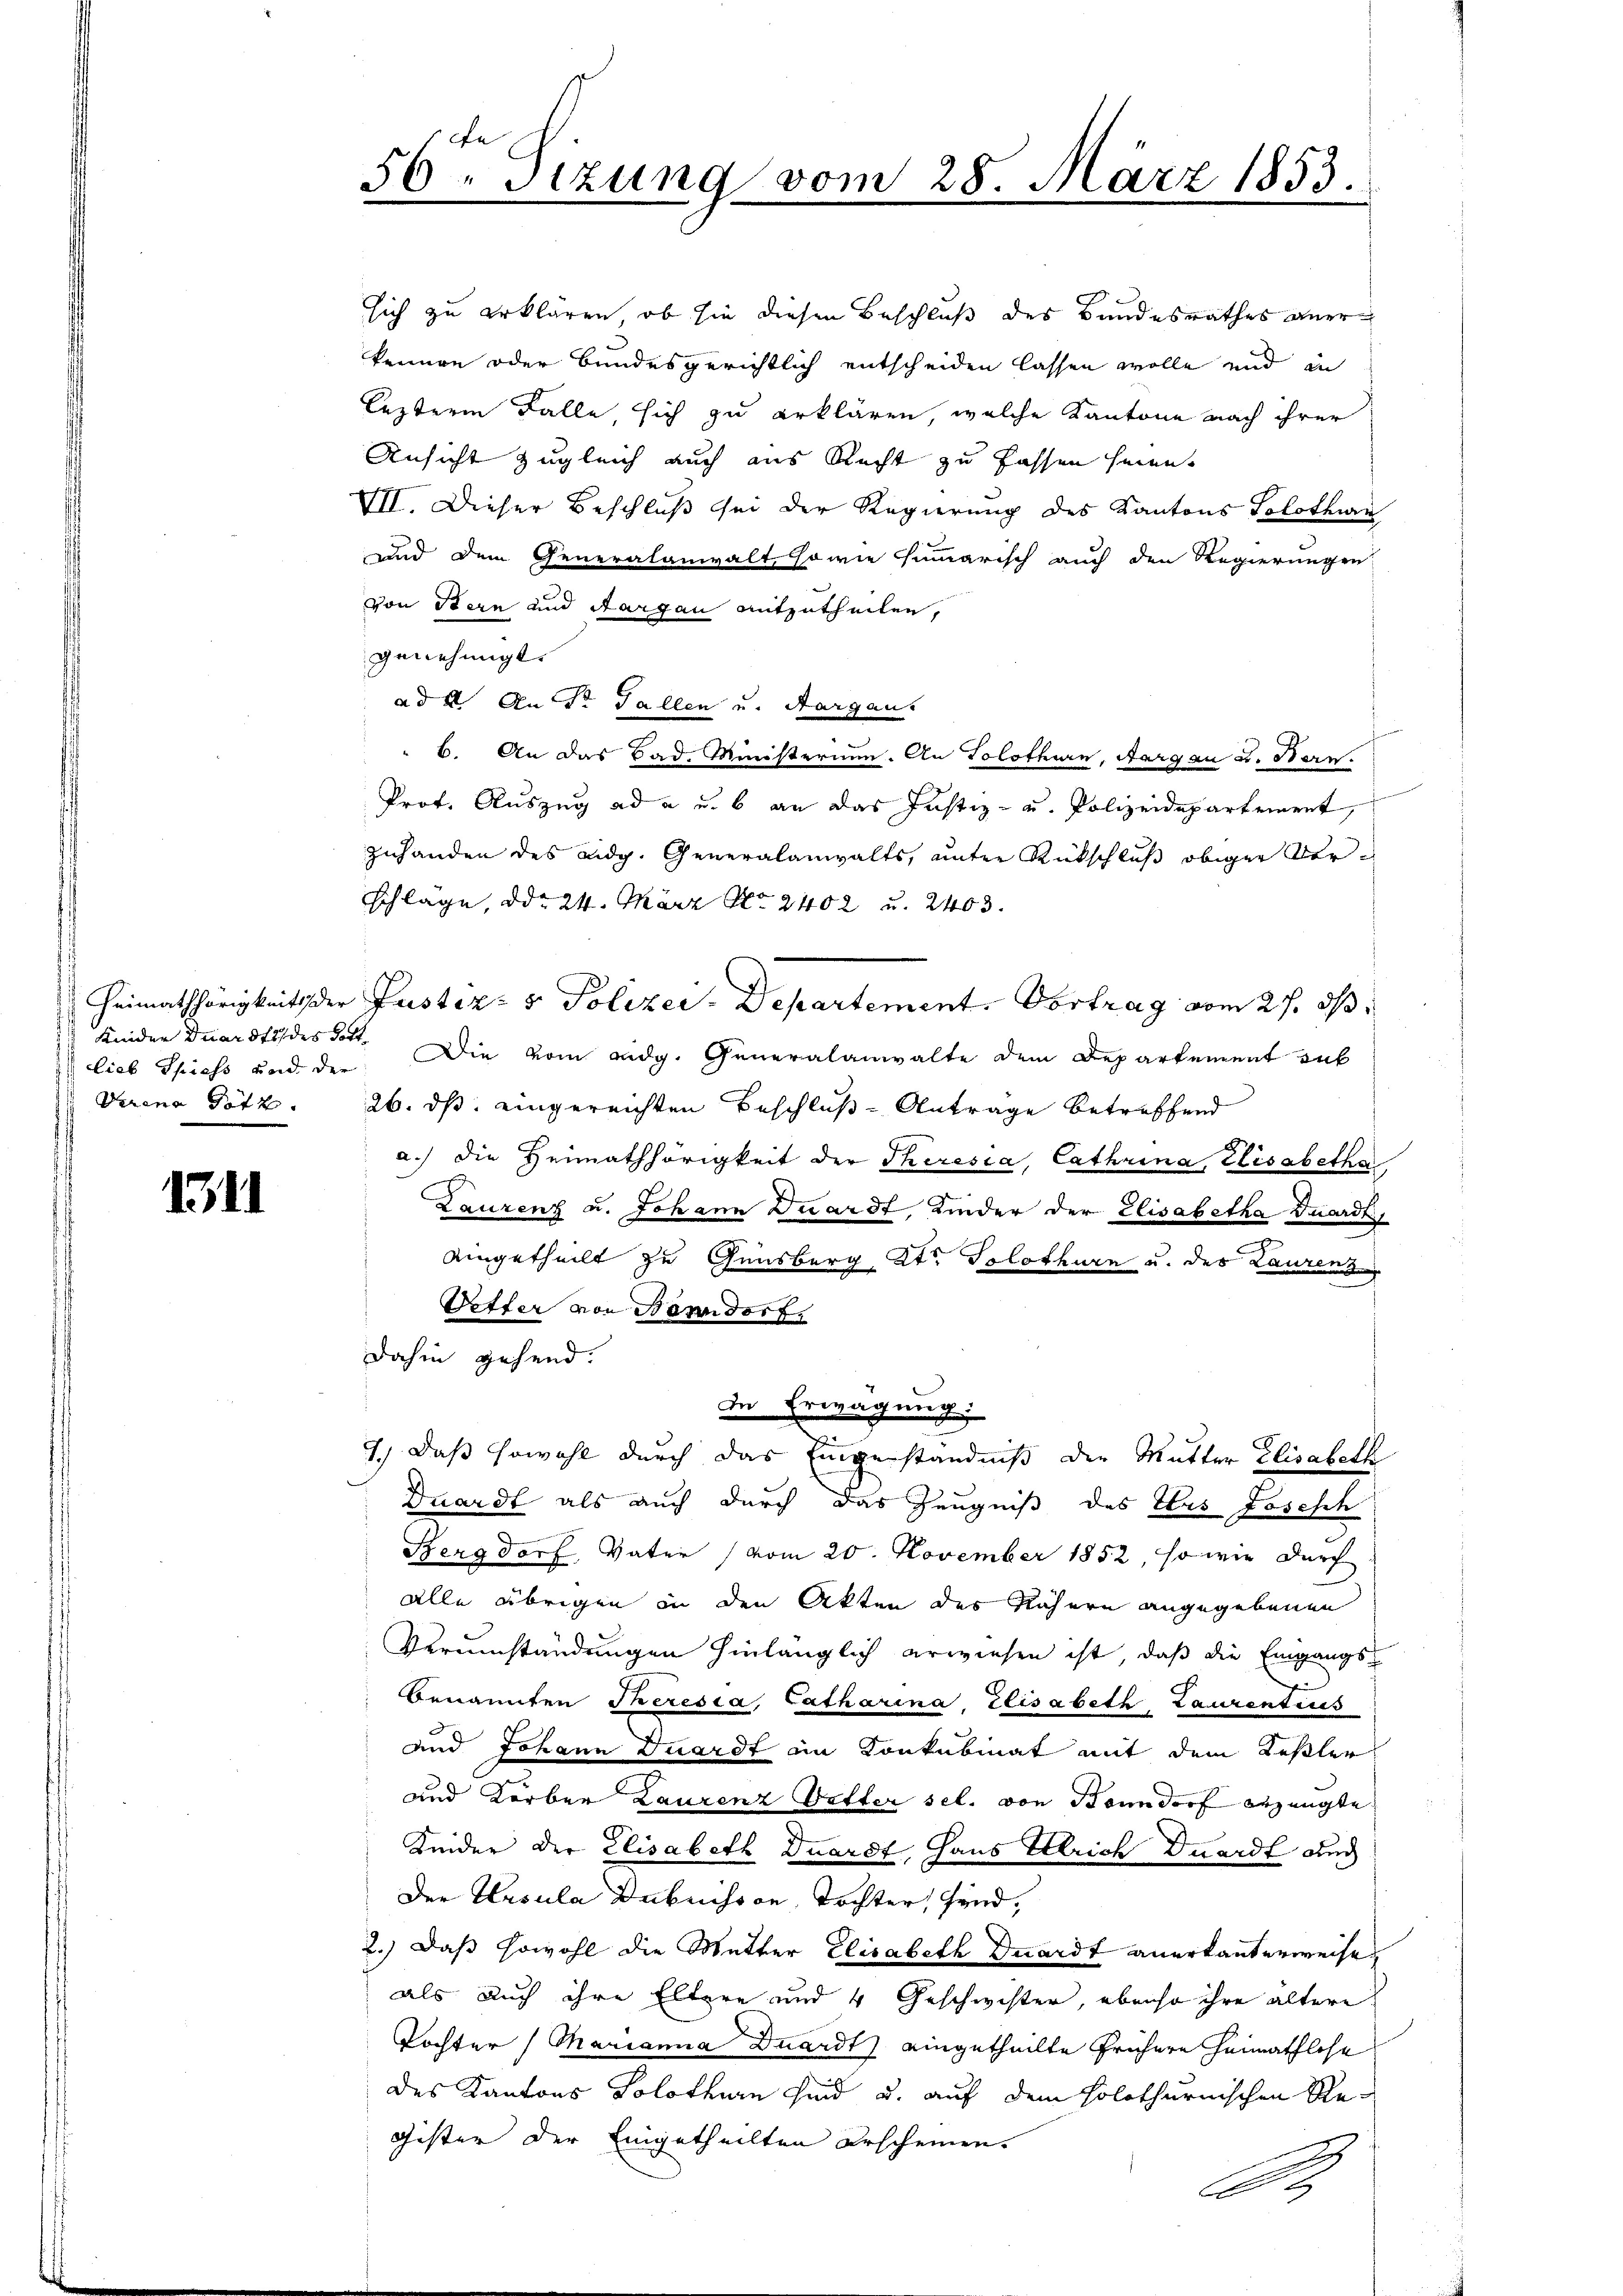
Kinder duardt des Gott

1311

56. Sizung vom 28. März 1853.

sich zu erklären, ob sie diesen Beschluß des Bundesrathes anerkennen oder bundesgerichtlich entscheiden lassen wolle und in
lezterm Falle sich zu erklären, welche Kantone nach ihrer
Ansicht zugleich auch aus Recht zu fassen seien,
VII. Dieser Beschluß sei der Regierung des Kantons Solothwen
und dem Generalanwalt, sowie summarisch auch den Regierungen
von Stern und Sargau mitzutheilen,
genehmigt.
ad 2. An Dr Fallen und Aargau.
 6. An das Bad. Ministerium. An Solothurn, Aargau u. Bern.
Prof. Auszug ad a u. 6 an das Justiz- u. Polizeidepartement,
zuhanden des eidg. Generalanwalts, unter Rückschluß obiger Verschläge, ddo 24. März No. 2402 u. 2403.
 Heimathörigkeit der Justiz- & Polizei-Departement. Vortrag vom 27. ds.
lieb Spiess und der Die vom eidg. Generalanwalte dem Departement sub
Verena Götz. 26. ds. eingereichten Beschluß-Anträge betreffend
a.) die Heimathörigkeit der Theresia, Cathrina, Elisabetha
Laurenz u. Johann Duardt, Kinder der Elisabetha Duardt
eingetheilt zu Gunsberg, Str. Solothurn u. des Laurenz
Vetter von Banndorf,
dahin gehend.
de Erwägung
1.) Daß sowohl durch das Eingeständniß der Mutter Elisabeth
Duardt als auch durch das Zeugniß des Elas Josesch
Sergdorf, Vater (vom 20. November 1852, so wie durch
alle übrigen in den Akten des Nähern angegebenen
Verumständungen hinlänglich erwiesen ist, daß die Eingangs-
Benannten Theresia, Catharina, Elisabeth Laurentius
und Johann Duardt in Konkubinat mit dem Keßler
und Korber Laurenz Wetter sel. von Bonndorf erzeugte
Keider der Elisabeth Duardt, Haus Ulrich Duardt auch
Der Ursula Dubuisson, Tochter, Gend,
2.) Daß sowohl die Mutter Elisabeth Duardt anerkannterweise
als auch ihre Eltere und 4 Geschwister, ebenso ihre ältere
Tochter (Marianna Duardt eingetheilte frühere Heimathlose
des Kantons Solothurn sind u. auf dem holothurnischen Re¬
Gister der Eingetheilten erscheinen.
5
De